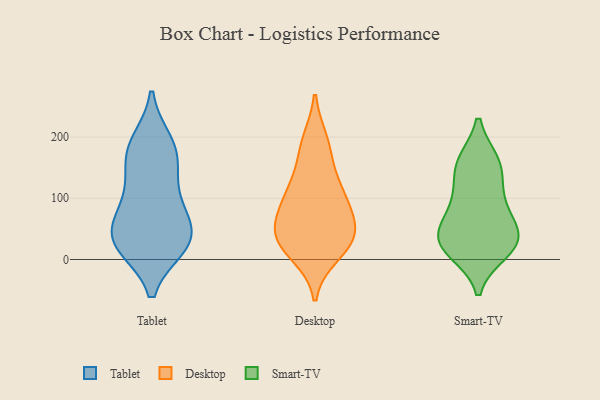
{"axis": {"x": "Page Views", "y": "Value"}, "legend": ["Desktop", "Smart-TV", "Tablet"], "data": [{"x": "", "y": 37, "type": "Tablet"}, {"x": "", "y": 184, "type": "Tablet"}, {"x": "", "y": 23, "type": "Tablet"}, {"x": "", "y": 78, "type": "Tablet"}, {"x": "", "y": 22, "type": "Tablet"}, {"x": "", "y": 53, "type": "Tablet"}, {"x": "", "y": 191, "type": "Tablet"}, {"x": "", "y": 34, "type": "Tablet"}, {"x": "", "y": 155, "type": "Tablet"}, {"x": "", "y": 89, "type": "Tablet"}, {"x": "", "y": 172, "type": "Tablet"}, {"x": "", "y": 24, "type": "Tablet"}, {"x": "", "y": 119, "type": "Tablet"}, {"x": "", "y": 57, "type": "Desktop"}, {"x": "", "y": 108, "type": "Desktop"}, {"x": "", "y": 101, "type": "Desktop"}, {"x": "", "y": 10, "type": "Desktop"}, {"x": "", "y": 31, "type": "Desktop"}, {"x": "", "y": 37, "type": "Desktop"}, {"x": "", "y": 179, "type": "Desktop"}, {"x": "", "y": 124, "type": "Desktop"}, {"x": "", "y": 192, "type": "Desktop"}, {"x": "", "y": 44, "type": "Desktop"}, {"x": "", "y": 28, "type": "Desktop"}, {"x": "", "y": 80, "type": "Desktop"}, {"x": "", "y": 29, "type": "Smart-TV"}, {"x": "", "y": 24, "type": "Smart-TV"}, {"x": "", "y": 76, "type": "Smart-TV"}, {"x": "", "y": 110, "type": "Smart-TV"}, {"x": "", "y": 41, "type": "Smart-TV"}, {"x": "", "y": 155, "type": "Smart-TV"}, {"x": "", "y": 39, "type": "Smart-TV"}, {"x": "", "y": 155, "type": "Smart-TV"}, {"x": "", "y": 14, "type": "Smart-TV"}, {"x": "", "y": 158, "type": "Smart-TV"}, {"x": "", "y": 26, "type": "Smart-TV"}, {"x": "", "y": 86, "type": "Smart-TV"}]}